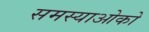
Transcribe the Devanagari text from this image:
समस्याओको